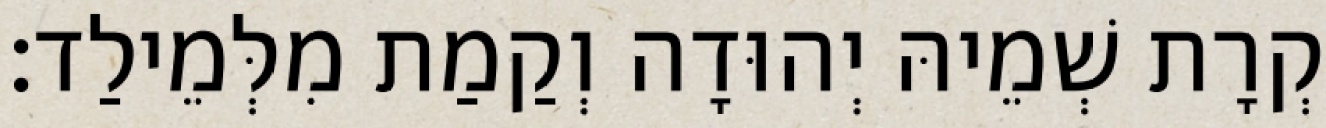
קְרָת שְׁמֵיהּ יְהוּדָה וְקַמַת מִלְּמֵילַד׃